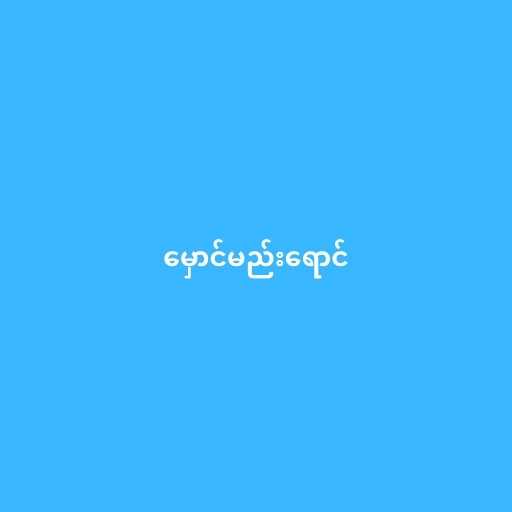
မှောင်မည်းရောင်